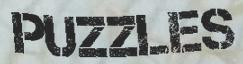
PUZZLES